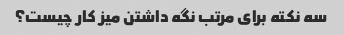
سه نکته برای مرتب نگه داشتن میز کار چیست؟